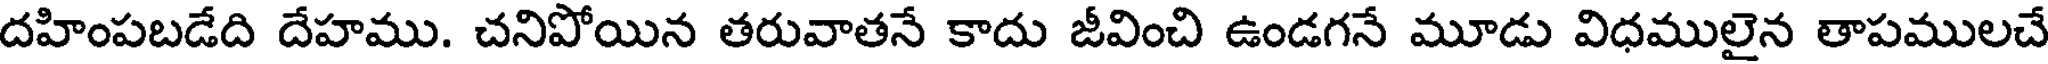
దహింపబడేది దేహము. చనిపోయిన తరువాతనే కాదు జీవించి ఉండగనే మూడు విధములైన తాపములచే